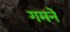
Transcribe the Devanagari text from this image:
गमने